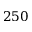
2 5 0